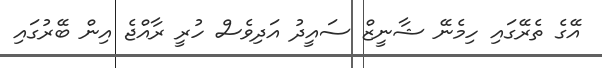
އޭގެ ތެރޭގައި ހިމެނޭ ޝާނީޒް ސައީދު އަދިވެސް ހުރީ ރާއްޖެ އިން ބޭރުގައި